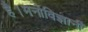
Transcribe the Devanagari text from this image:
है।मनोविज्ञानी